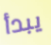
يبدأ